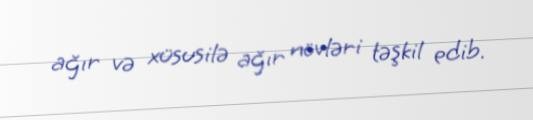
ağır və xüsusilə ağır növləri təşkil edib.